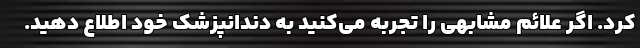
کرد. اگر علائم مشابهی را تجربه می‌کنید به دندانپزشک خود اطلاع دهید.